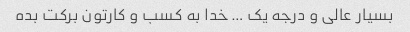
بسیار عالی و درجه یک … خدا به کسب و کارتون برکت بده